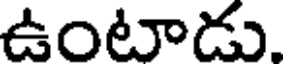
ఉంటాడు.